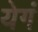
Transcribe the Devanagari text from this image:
येगं